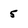
Character: 5